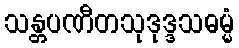
သန္တပဏီတသုဒုဒ္ဒသဓမ္မံ